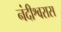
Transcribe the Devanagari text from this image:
नंदीश्वरास